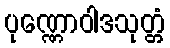
ပုဏ္ဏောဝါဒသုတ္တံ